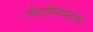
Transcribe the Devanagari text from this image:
चिटणिसपदाचे